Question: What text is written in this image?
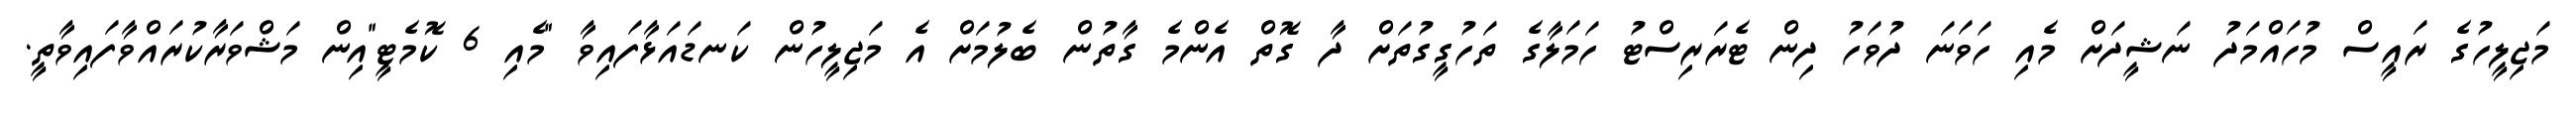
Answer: މަޖިލީހުގެ ރައީސް މުހައްމަދު ނަޝީދަށް މެއި ހަވަނަ ދުވަހު ދިން ޓެރަރިސްޓު ހަމަލާގެ ތަހުގީގުތަށް ދާ ގޮތް އެންމެ ގާތުން ބެލުމަށް އެ މަޖިލީހުން ކަނޑައަޅާފައިވާ "މެއި 6 ކޮމެޓީ"އިން މަޝްވަރާކުރައްވާފައިވާތީ.